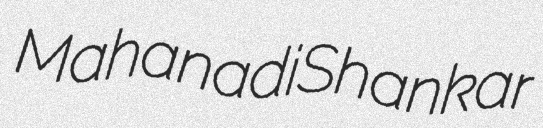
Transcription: Mahanadi Shankar